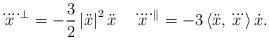
LaTeX: \begin{align*}\ddddot{x}^{\perp }=-\frac{{\small 3}}{{\small 2}}\left\vert \ddot{x} \right\vert ^{2}\ddot{x} \quad\ddddot{x}^{\parallel }=-3\left\langle \ddot{x},\dddot{x}\right\rangle \dot{x}. \end{align*}